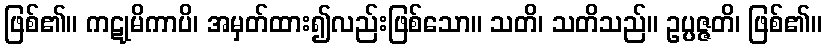
ဖြစ်၏။ ကဋုမိကာပိ၊ အမှတ်ထား၍လည်းဖြစ်သော။ သတိ၊ သတိသည်။ ဥပ္ပဇ္ဇတိ၊ ဖြစ်၏။